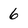
Character: 6